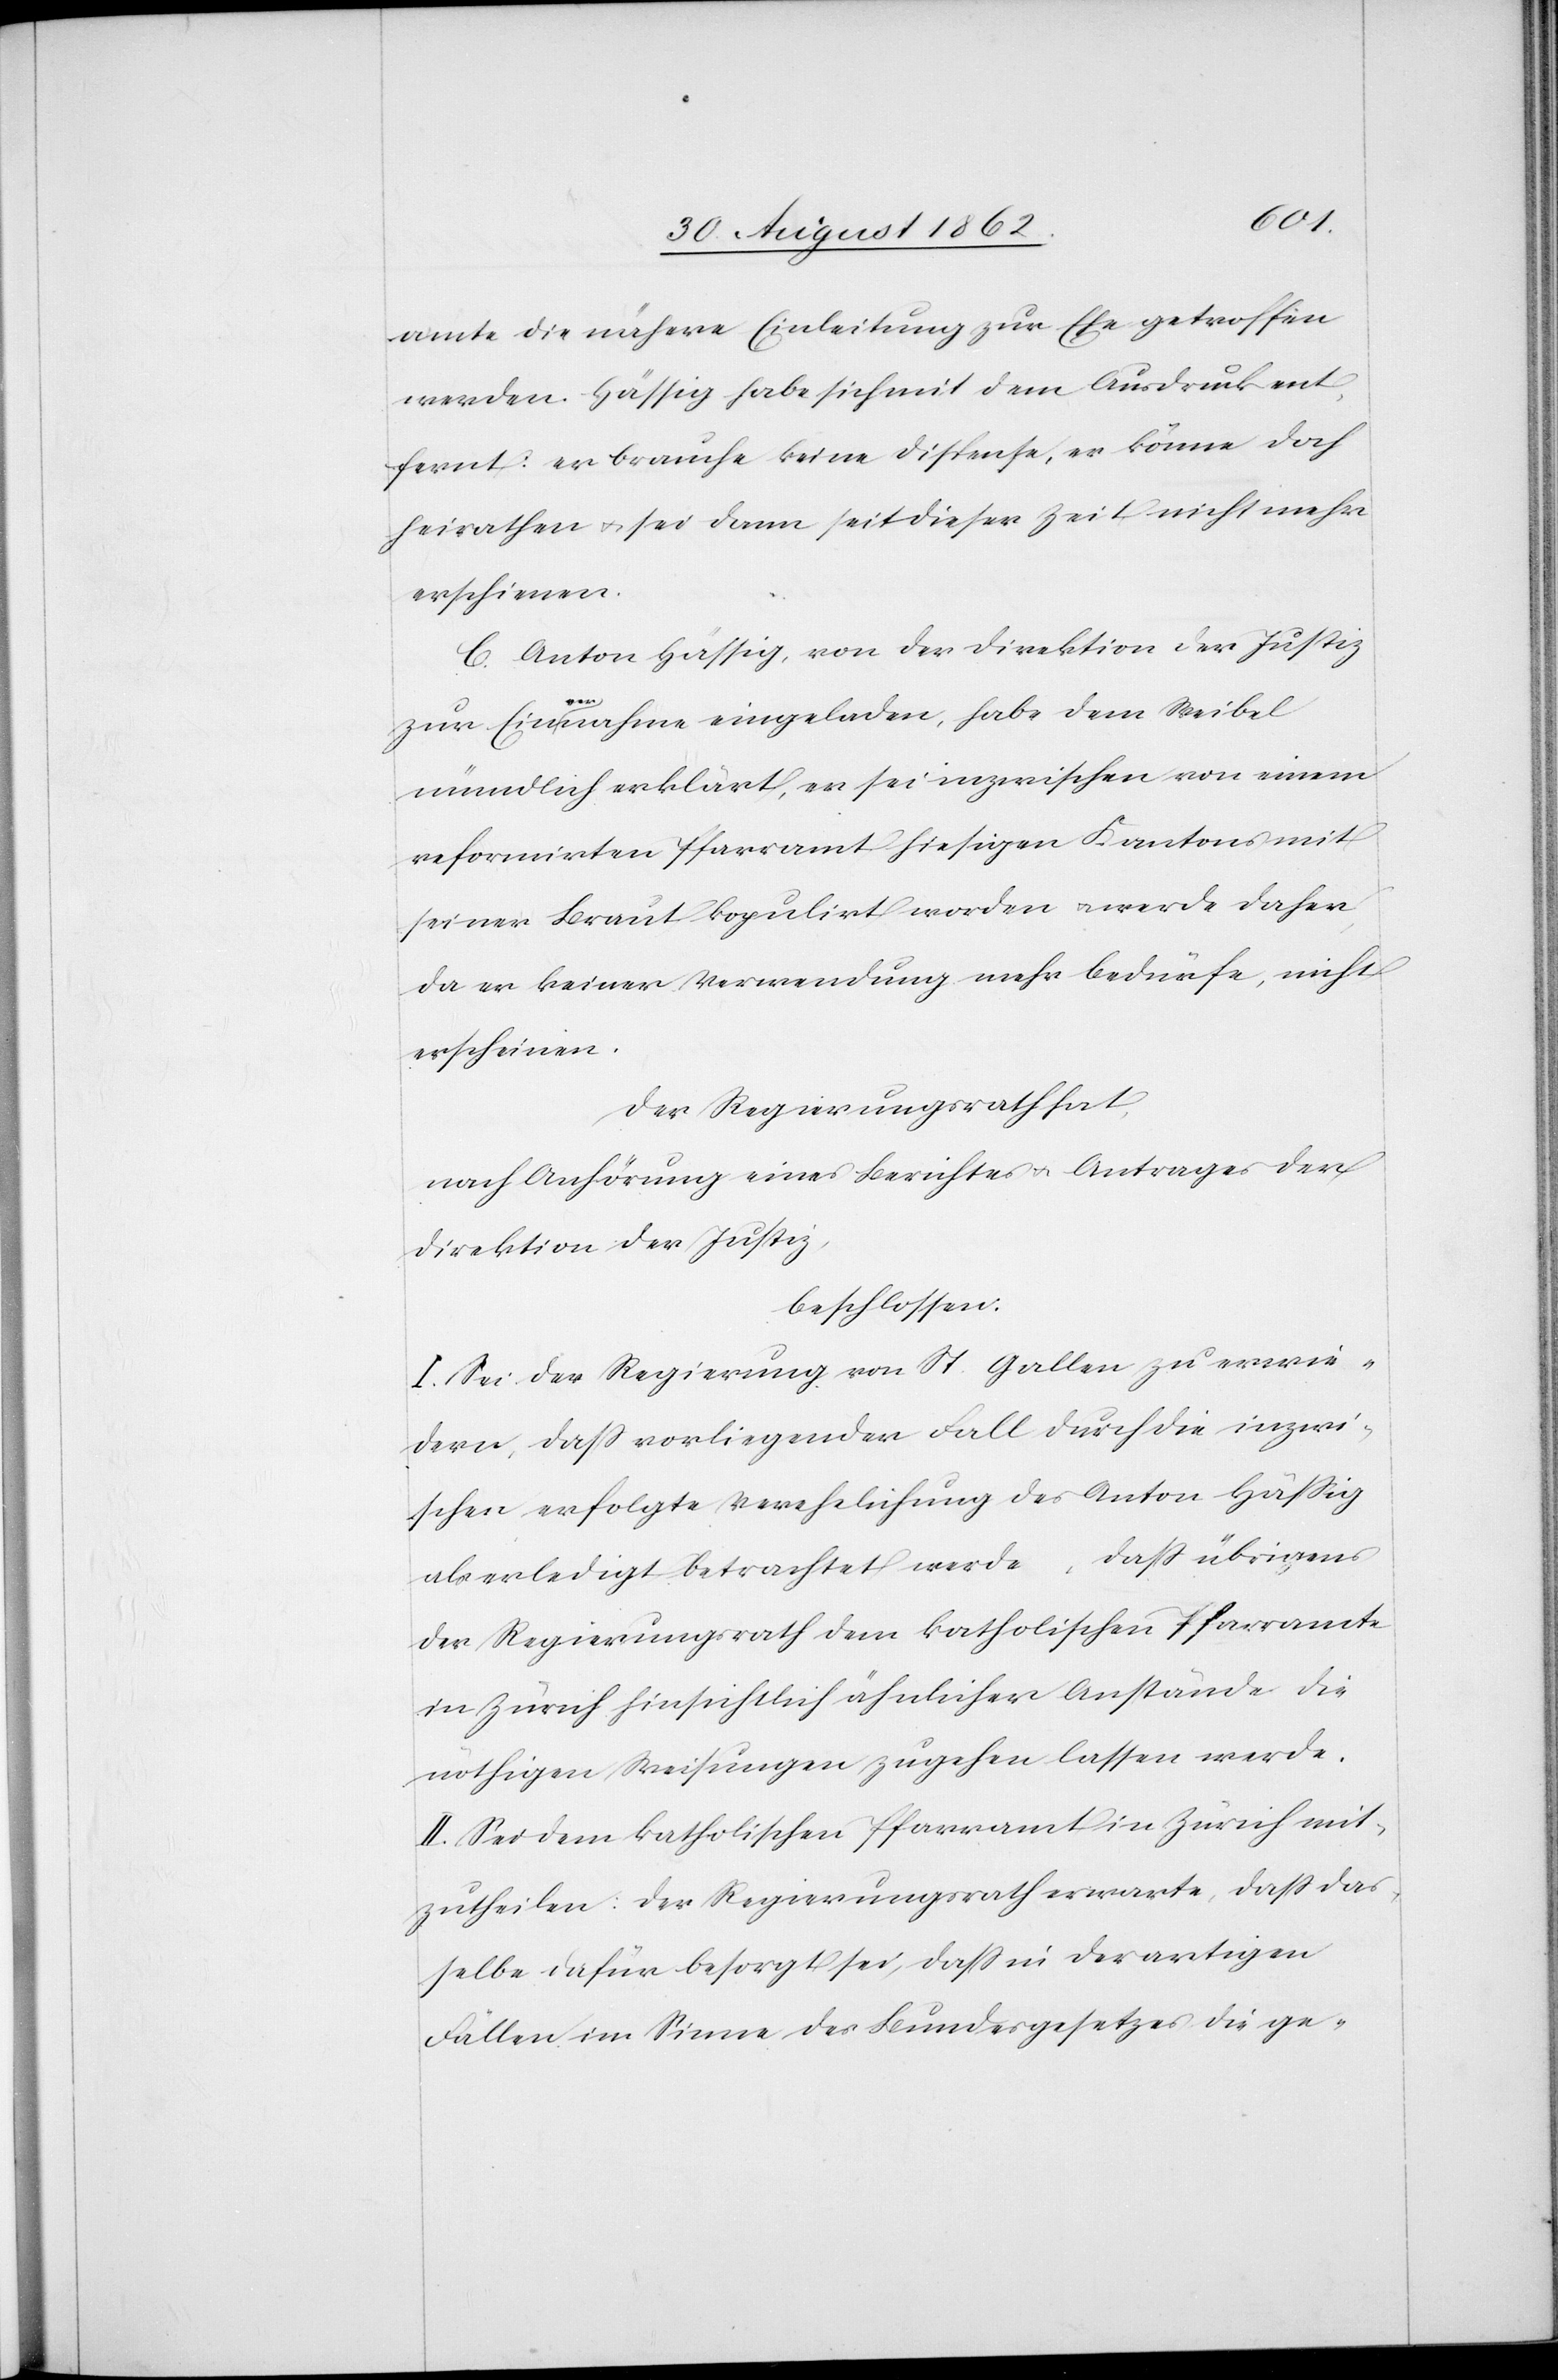
amte die nähere Einleitung zur Ehe getroffen
werden. Hässig habe sich mit dem Ausdruck ent¬
fernt: er brauche keine Dispense, er könne doch
heirathen u. sei dann seit dieser Zeit nicht mehr
erschienen.
C. Anton Hässig, von der Direktion der Justiz
zur Einvernahme eingeladen, habe dem Weibel
mündlich erklärt, er sei inzwischen von einem
reformirten Pfarramt hiesigen Kantons mit
seiner Braut kopulirt worden u. werde daher
da er keiner Verwendung mehr bedürfe, nicht
erscheinen.
Der Regierungsrath hat,
nach Anhörung eines Berichtes u. Antrages der
Direktion der Justiz,
beschlossen:
I. Sei der Regierung von St. Gallen zu erwie¬
dern, daß vorliegender Fall durch die inzwi¬
schen erfolgte Verehelichung des Anton Hässig
als erledigt betrachtet werde, daß übrigens
der Regierungsrath dem katholischen Pfarramte
in Zürich hinsichtlich ähnlicher Anstände die
nöthigen Weisungen zugehen lassen werde.
II. Sei dem katholischen Pfarramt in Zürich mit¬
zutheilen: Der Regierungsrath erwarte, daß das¬
selbe dafür besorgt sei, daß in derartigen
Fällen im Sinne des Bundesgesetzes die ge-